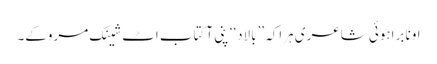
اونا براہوئی شاعری ہراکہ ’’بالاد‘‘ پنی آ کتاب اٹ شینک مروکے۔